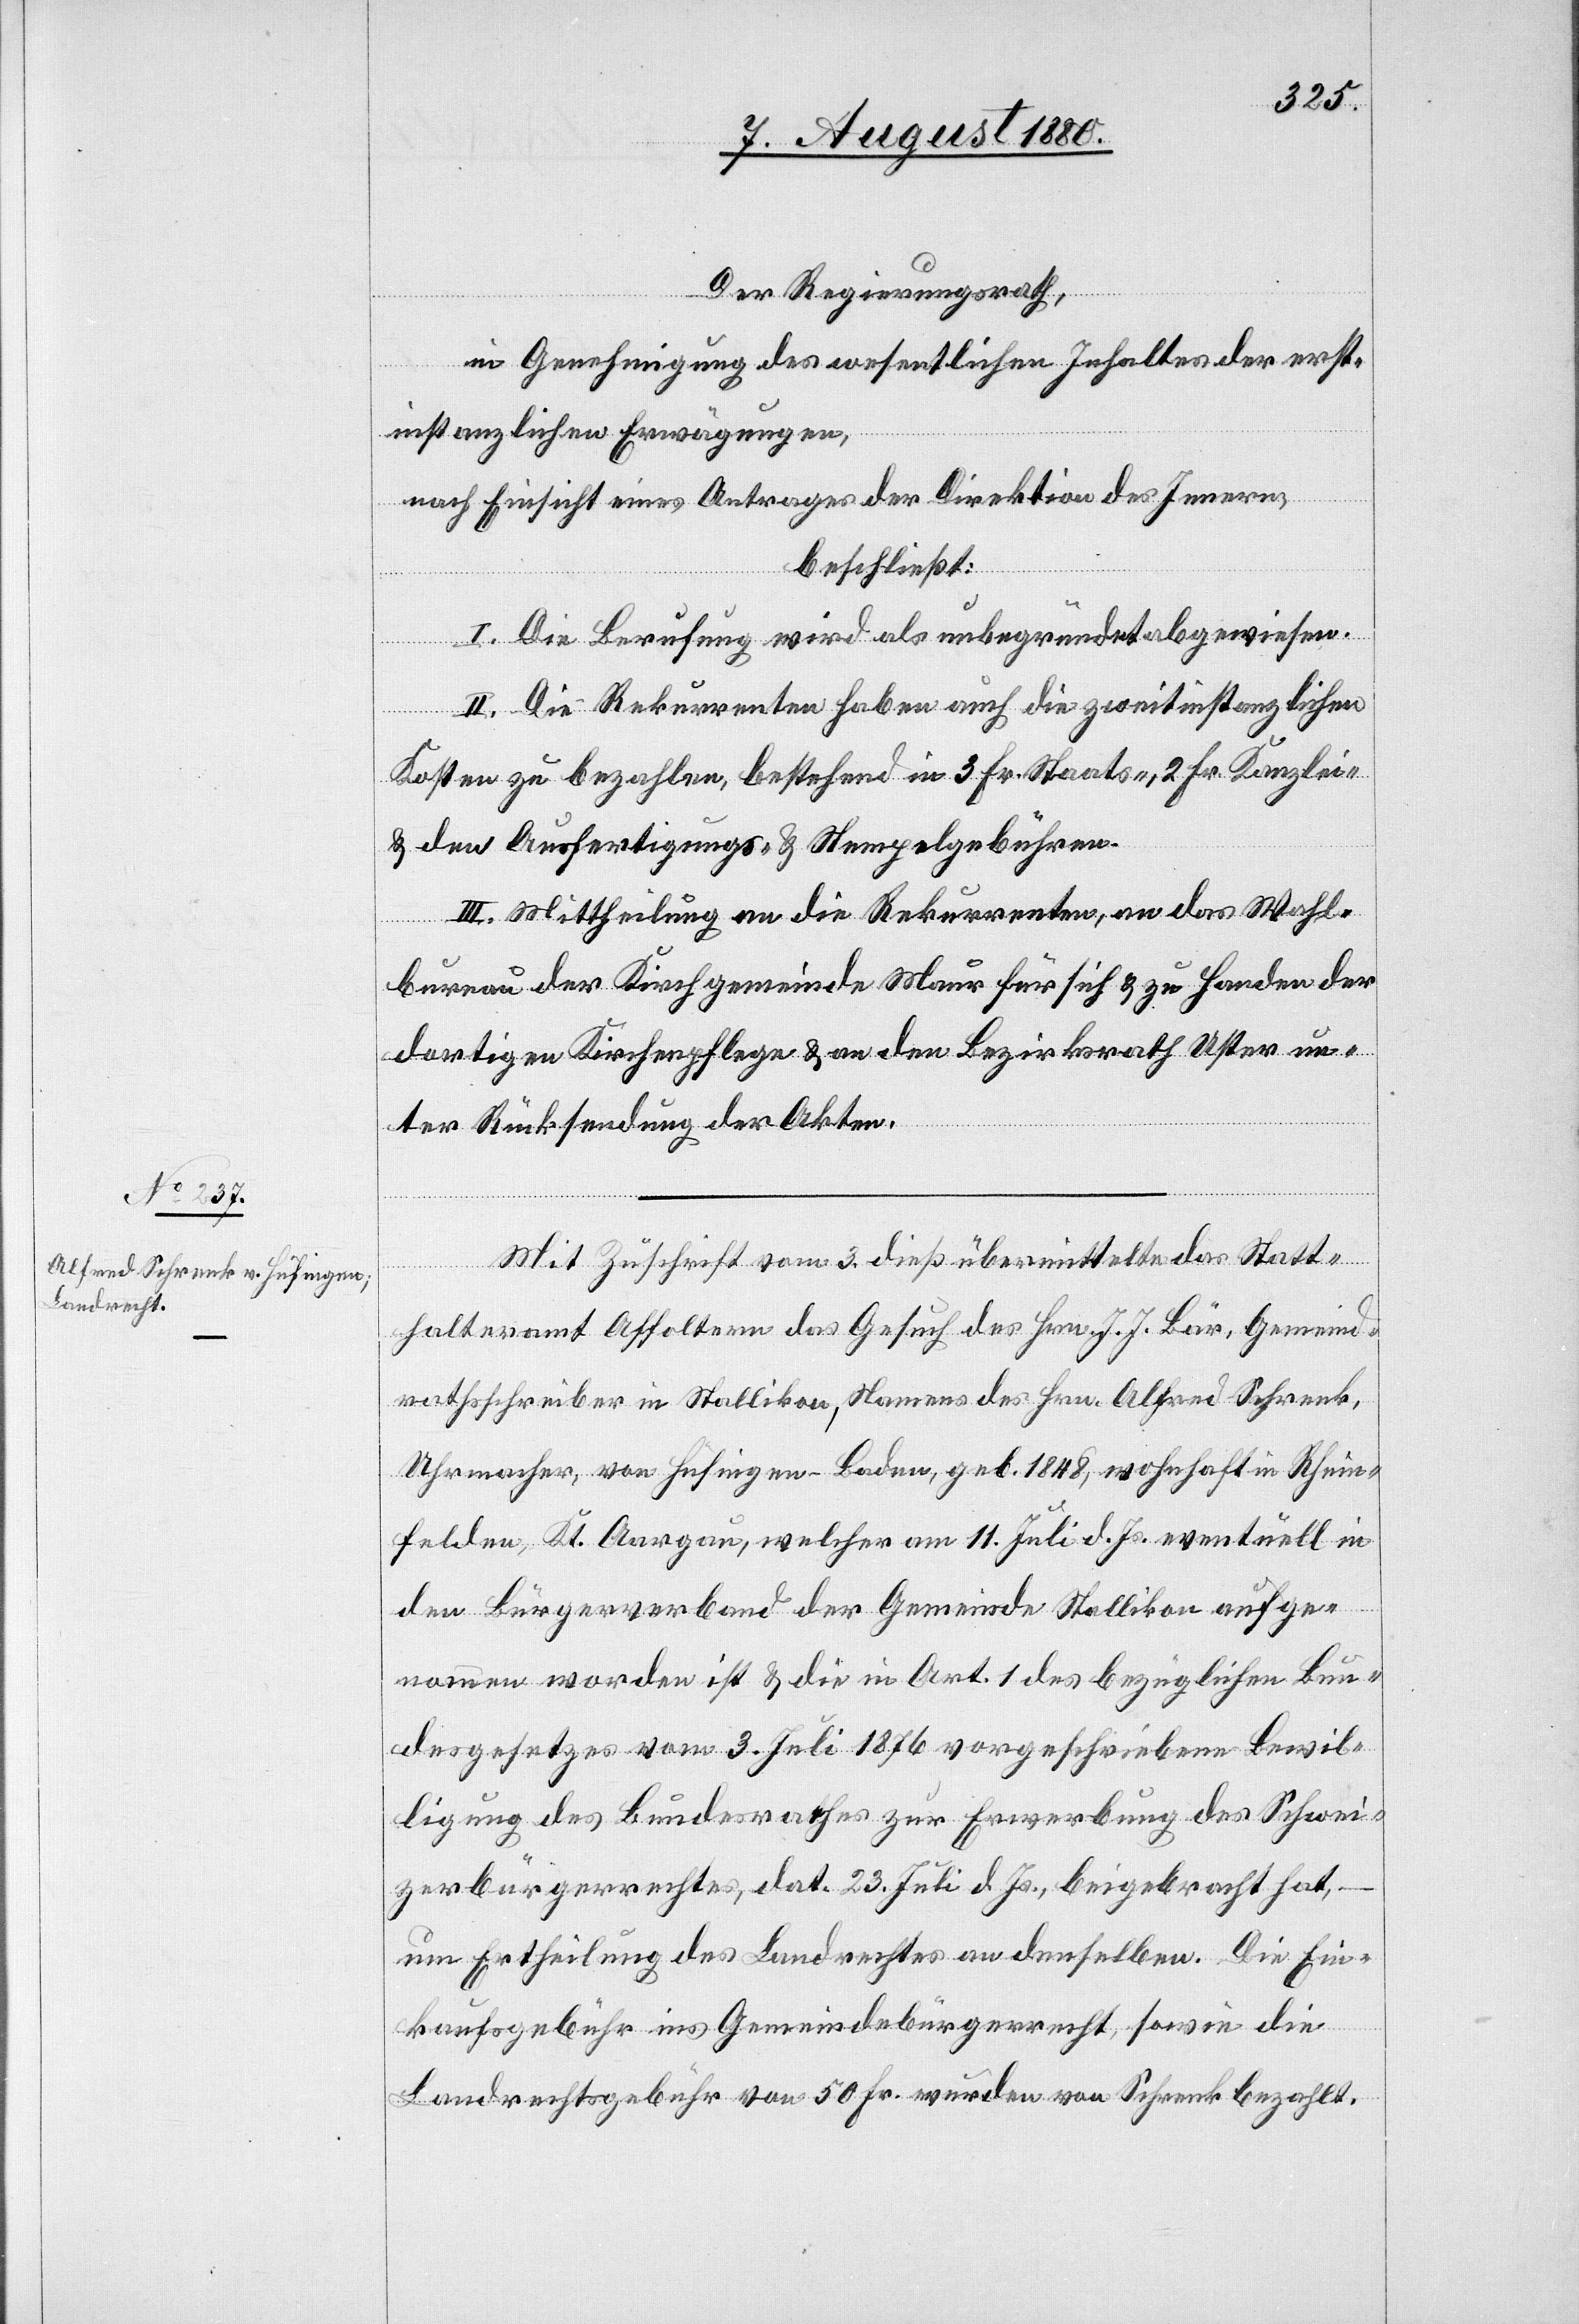
Mit Zuschrift vom 3. dieß übermittelte das Statt¬
halteramt Affoltern das Gesuch des Hrn. J. J. Bär, Gemeind¬
rathsschreiber in Stallikon, Namens des Hrn. Alfred Schrenk,
Uhrmacher, von Hüfingen - Baden, geb. 1848, wohnhaft in Rhein¬
felden, Kt. Aargau, welcher am 11. Juli d. Js. eventuell in
den Bürgerverband der Gemeinde Stallikon aufge¬
nommen worden ist & die in Art. 1 des bezüglichen Bun¬
desgesetzes vom 3. Juli 1876 vorgeschriebene Bewil¬
ligung des Bundesrathes zur Erwerbung des Schwei¬
zerbürgerrechtes, dat. 23. Juli d. Js., beigebracht hat,
um Ertheilung des Landrechtes an denselben. Die Ein¬
kaufsgebühr ins Gemeindebürgerrecht, sowie die
Landrechtsgebühr von 50 Fr. wurden von Schrenk bezahlt.